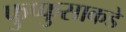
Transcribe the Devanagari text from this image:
फुप्फुसाकडे